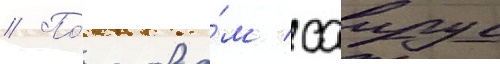
// По́ слова́м саирус